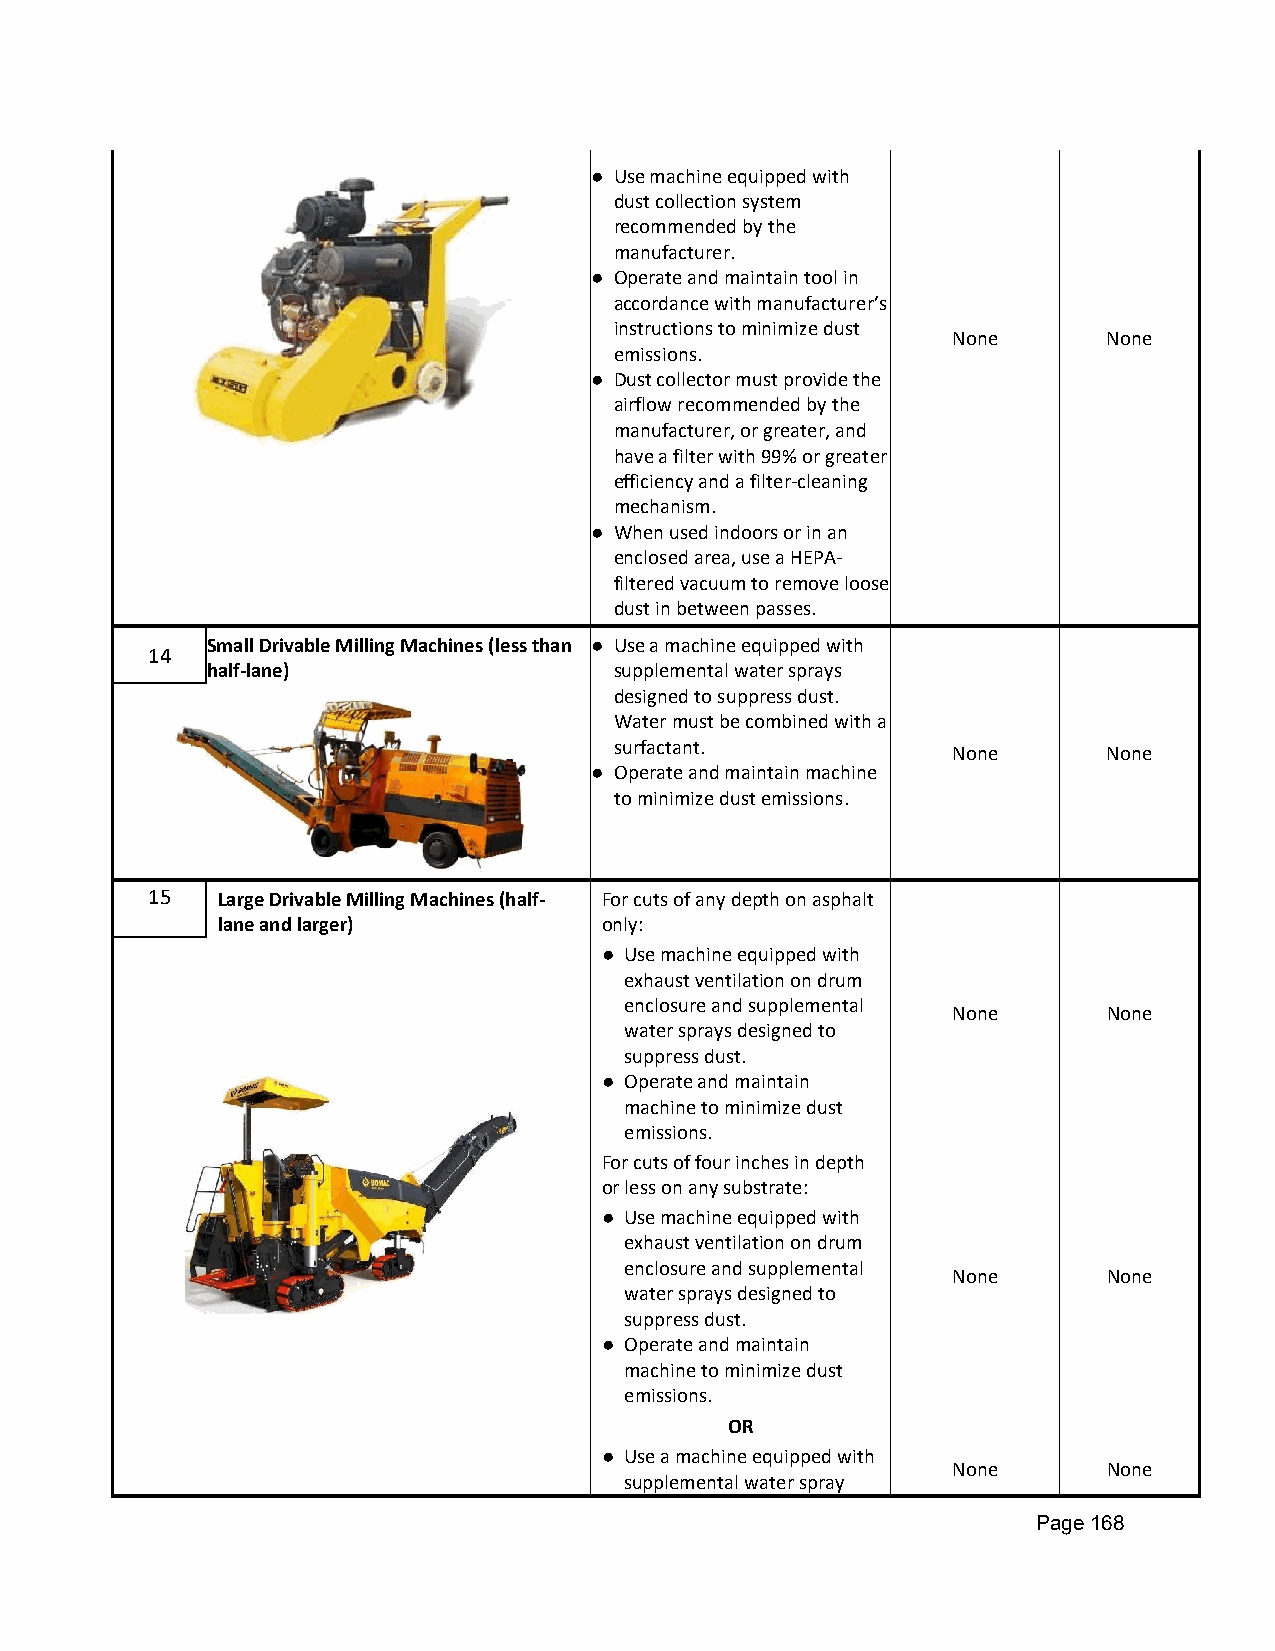
● Use machine equipped with
 dust collection system
 recommended by the
 manufacturer.
 ● Operate and maintain tool in
 accordance with manufacturer’s
 instructions to minimize dust
 None      None
 emissions.
 ● Dust collector must provide the
 airflow recommended by the
 manufacturer, or greater, and
 have a filter with 99% or greater
 efficiency and a filter-cleaning
 mechanism.
 ● When used indoors or in an
 enclosed area, use a HEPA-
 filtered vacuum to remove loose
 dust in between passes.
 Small Drivable Milling Machines (less than ● Use a machine equipped with
 14
 half-lane)                 supplemental water sprays
 designed to suppress dust.
 Water must be combined with a
 surfactant.
 None      None
 ● Operate and maintain machine
 to minimize dust emissions.
 15  Large Drivable Milling Machines (half- For cuts of any depth on asphalt
 lane and larger)          only:
 ● Use machine equipped with
 exhaust ventilation on drum
 enclosure and supplemental
 None      None
 water sprays designed to
 suppress dust.
 ● Operate and maintain
 machine to minimize dust
 emissions.
 For cuts of four inches in depth
 or less on any substrate:
 ● Use machine equipped with
 exhaust ventilation on drum
 enclosure and supplemental
 None      None
 water sprays designed to
 suppress dust.
 ● Operate and maintain
 machine to minimize dust
 emissions.
 OR
 ● Use a machine equipped with
 None      None
 supplemental water spray
 Page 168